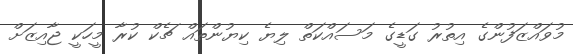
މުވައްޒަފުންގެ އިތުރު ގަޑީގެ މަސައްކަތް ލިޔެ ކިޔުންތައް ޗެކް ކުރާ މީހަކީ ޖާއިޒަށް